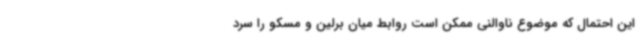
این احتمال که موضوع ناوالنی ممکن است روابط میان برلین و مسکو را سرد